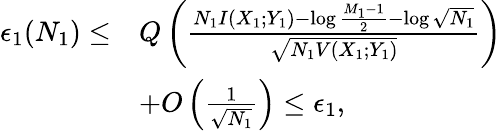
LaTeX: \begin{array}{rl}{\epsilon_{1}(N_{1})\leq}&{Q\left(\frac{N_{1}I(X_{1};Y_{1})-\log\frac{M_{1}-1}{2}-\log\sqrt{N_{1}}}{\sqrt{N_{1}V(X_{1};Y_{1})}}\right)}\\ &{+O\left(\frac{1}{\sqrt{N_{1}}}\right)\leq\epsilon_{1},}\end{array}